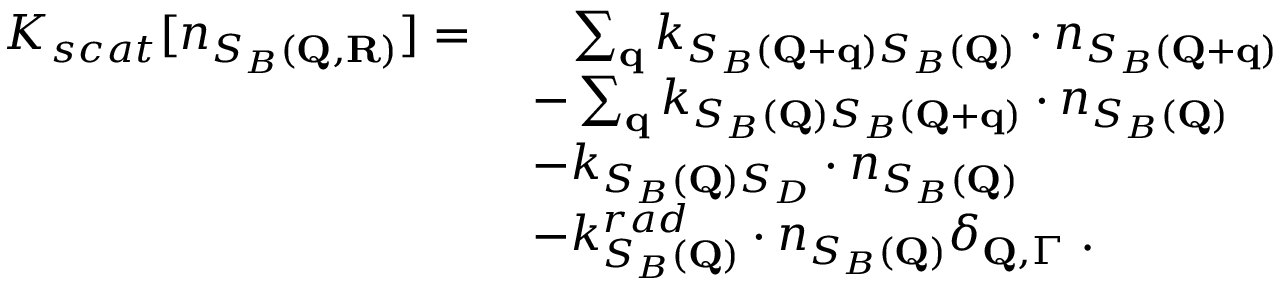
\begin{array} { r l } { K _ { s c a t } [ n _ { S _ { B } ( \mathbf { Q } , \mathbf { R } ) } ] = \; } & { \; \; \; \sum _ { \mathbf { q } } k _ { S _ { B } ( \mathbf { Q } + \mathbf { q } ) S _ { B } ( \mathbf { Q } ) } \cdot n _ { S _ { B } ( \mathbf { Q } + \mathbf { q } ) } } \\ & { - \sum _ { \mathbf { q } } k _ { S _ { B } ( \mathbf { Q } ) S _ { B } ( \mathbf { Q } + \mathbf { q } ) } \cdot n _ { S _ { B } ( \mathbf { Q } ) } } \\ & { - k _ { S _ { B } ( \mathbf { Q } ) S _ { D } } \cdot n _ { S _ { B } ( \mathbf { Q } ) } } \\ & { - k _ { S _ { B } ( \mathbf { Q } ) } ^ { r a d } \cdot n _ { S _ { B } ( \mathbf { Q } ) } \delta _ { \mathbf { Q } , \Gamma } \; . } \end{array}